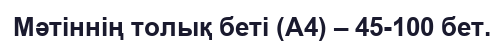
Мәтіннің толық беті (А4) – 45-100 бет.